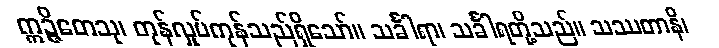
ဣဉ္ဇိတေသု၊ တုန်လှုပ်ကုန်သည်ရှိသော်။ သင်္ခါရာ၊ သင်္ခါရတို့သည်။ သဿတာနိ၊